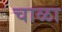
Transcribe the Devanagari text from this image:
चाळा